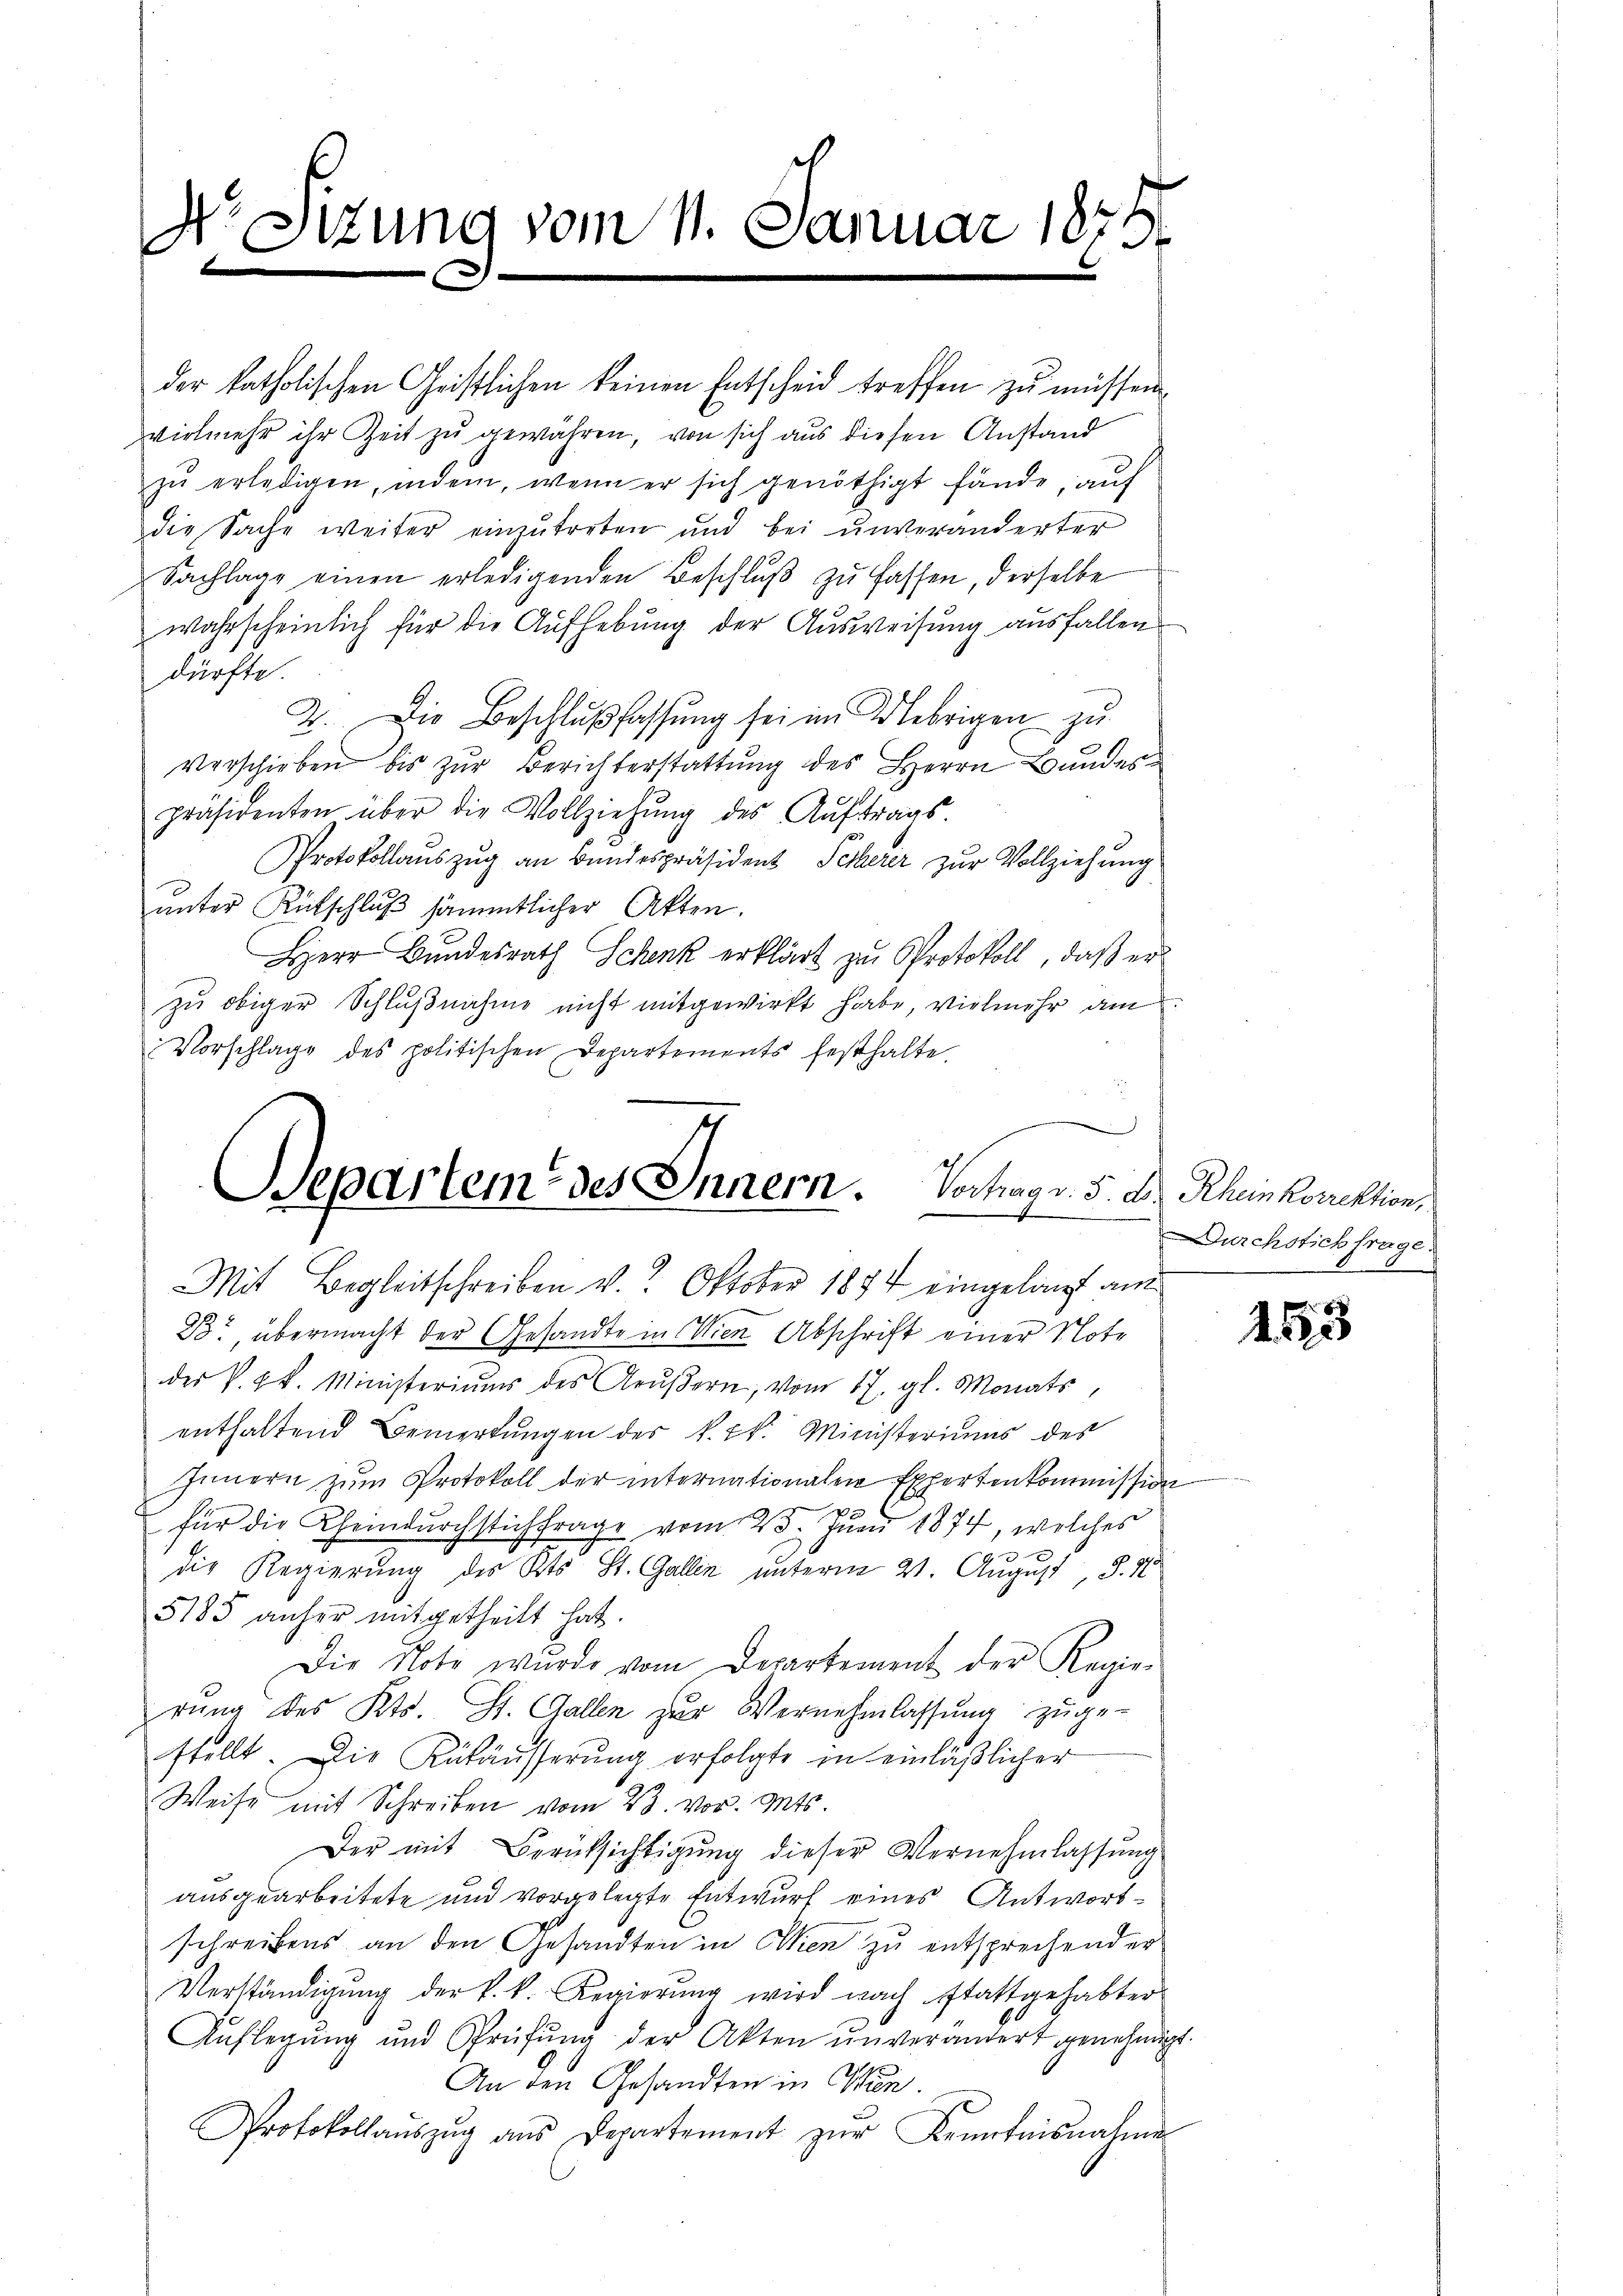
D Sizung vom 11. Januar 1875

der katholischen Geistlichen keinen Entscheid treffen zu müssen
vielmehr ihr Zeit zu gewähren, von sich aus diesen Anstand
zŭ erledigen, indem, wenn er sich genöthigt fände, aŭf
die Sache weiter einzutreten und bei unveränderter
Sachlage einen erledigenden Beschlŭβ zŭ fassen, derselbe
wahrscheinlich für die Aufhebung der Ausweisung ausfallen
dürfte.
2. Die Beschlußfassung sei im Uebrigen zu
verschieben bis zŭr Berichterstattung des Herrn Bundes
präsidenten über die Vollziehŭng des Aŭftrags-
Protokollauszug an Bundespräsident Scherer zur Vollziehung
unter Rütschluß sämmtlicher Akten.
HHerr Bundesrath Schenk erklärt zu Protokoll, daß er
zu obiger Schlußnahme nicht mitgewirkt habe, vielmehr am
Vorschlage des politischen Departements festhalte.
B. übermacht der Gesandte in Wien Abschrift einer Note
der k. k. Ministeriums des Grŭβern, vom 17. gl. Monats,
enthaltend Bemerkŭngen der k. k. Ministeriums des
Innern zŭm Protokoll der internationalen Expertenkommission
für die Chemndurchstichfrage vom 23. Juni 1874, welches
die Regierung des Kts. St. Gallen unterm 21. August, S. 46
5185 anher mitgetheilt hat.
Die Note wurde vom Departement der Regierŭng des Kts. St. Gallen zŭr Vernehmlassŭng zuge-
stellt. Die Rükäusserung erfolgte in einläßlicher
Weise mit Schreiben vom 23. vor. Mts.
Der mit Berücksichtigung dieser Vernehmlassung
ausgearbeitete und vorgelegte Entwurf eines Antwortschreibens an den Gesandten in Wien zu entsprechender
Verständigŭng der k. k. Regierŭng wird nach stattgehabter
Aŭflegŭng und Prüfŭng der Akten ŭnverändert genehmigt
An den Gesandten in Wien.
Protokollauszug aus Departement zŭr Kenntnisnahme

.
Departem des Innern. Vortrag v. 5. Dr. Rhein korrektion,
Mit Begleitschreiben v. Oktober 1874 eingelangt am

Durchstich frage.

Benen vorer

153